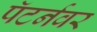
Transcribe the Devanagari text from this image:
पॅटर्नवर